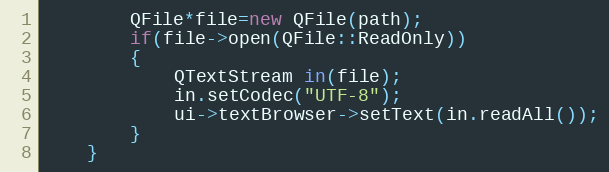
Language: C++
        QFile*file=new QFile(path);
        if(file->open(QFile::ReadOnly))
        {
            QTextStream in(file);
            in.setCodec("UTF-8");
            ui->textBrowser->setText(in.readAll());
        }
    }